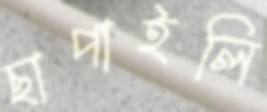
ছাপাইলি